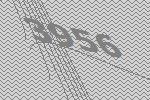
3956